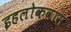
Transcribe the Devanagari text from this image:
इहलोकवास